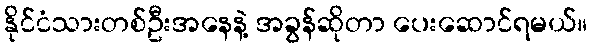
နိုင်ငံသားတစ်ဦးအနေနဲ့ အခွန်ဆိုတာ ပေးဆောင်ရမယ်။